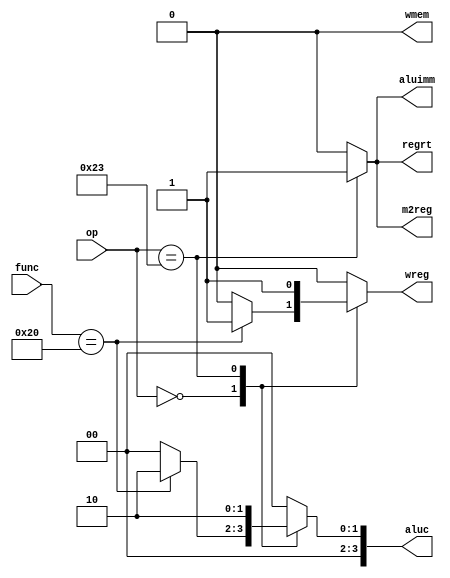
`timescale 1ns / 1ps
//////////////////////////////////////////////////////////////////////////////////
// Company: 
// Engineer: 
// 
// Design Name: 
// Module Name: ID_controlUnit_dp
// Project Name: 
// Target Devices: 
// Tool Versions: 
// Description: 
// 
// Dependencies: 
// 
// Revision:
// Revision 0.01 - File Created
// Additional Comments:
// 
//////////////////////////////////////////////////////////////////////////////////


module ControlUnit( // Module defining the control unit of the CPU.
    // Inputs
    input [5:0] op, // Opcode input.
    input [5:0] func, // Function input.

    // Outputs
    output reg wreg, // Write to register file.
    output reg m2reg, // Memory to register.
    output reg wmem, // Write to memory.
    output reg [3:0] aluc, // ALU control.
    output reg aluimm, // ALU immediate source.
    output reg regrt // Destination register address.
);

    always @ (*) begin // Continuous updating of control signals based on op and func values.
        case (op) // Checking the opcode portion.
            6'b000000: // R-type instructions
            begin
                case (func) // Checking specific function values.
                    6'b100000: // ADD instruction
                    begin
                        // Setting control signals for ADD instruction
                        wreg = 1'b1; // Write to the register file
                        m2reg = 1'b0; // Do not write to memory
                        wmem = 1'b0; // Do not write to memory
                        aluc = 4'b0010; // ALU operation for addition
                        aluimm = 1'b0; // ALU source from registers
                        regrt = 1'b0; // Destination register address
                    end

                    default: // Default behavior for unspecified func values
                    begin
                        // Set default control signals here
                        // For example, you can set all signals to 0.
                        wreg = 1'b0;
                        m2reg = 1'b0;
                        wmem = 1'b0;
                        aluc = 4'b0000;
                        aluimm = 1'b0;
                        regrt = 1'b0;
                    end
                endcase
            end

            6'b100011: // LW instruction
            begin
                // Setting control signals for LW instruction
                wreg = 1'b1; // Write to the register file
                m2reg = 1'b1; // Write to memory
                wmem = 1'b0; // Do not write to memory
                aluc = 4'b0010; // ALU operation for addition
                aluimm = 1'b1; // ALU source from registers
                regrt = 1'b1; // Destination register address
            end

            default: // Default behavior for unspecified op values
            begin
                // Set default control signals here for unspecified op values
                // For example, you can set all signals to 0.
                wreg = 1'b0;
                m2reg = 1'b0;
                wmem = 1'b0;
                aluc = 4'b0000;
                aluimm = 1'b0;
                regrt = 1'b0;
            end
        endcase
    end

endmodule